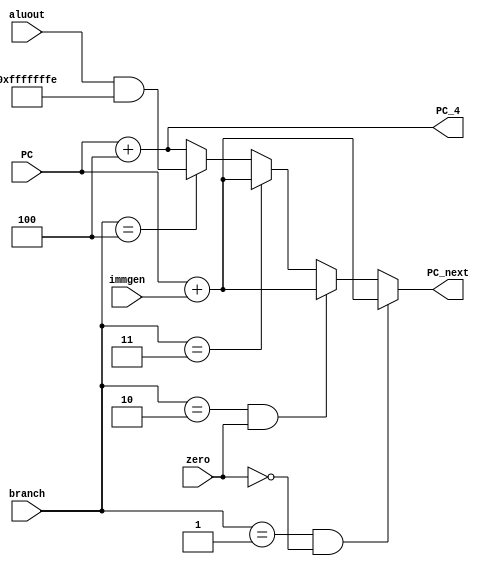
module pc (
    input [31:0] PC,
    input [31:0] immgen,
    input [2:0] branch,
    input zero,
	input [31:0] aluout,
	output [31:0] PC_4,
    output reg [31:0] PC_next
    );
	 


    assign PC_4 = PC + 4;

    wire [31:0] PC_branch;
    assign PC_branch = PC + immgen;


    always@(*) begin
        if (branch == 3'b001 && (~zero)) PC_next= PC_branch; //BNE, BLT, BLTU
        else if  (branch == 3'b010 && zero ) PC_next= PC_branch; // BEQ, BGE, BGEU
        else if   (branch == 3'b011) PC_next= PC_branch;  // JAL
        else if  (branch == 3'b100) PC_next = (aluout & 32'hFFFFFFFE);// JALR
        else PC_next= PC_4;
    end

endmodule